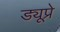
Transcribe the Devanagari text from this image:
ड्यूप्रे